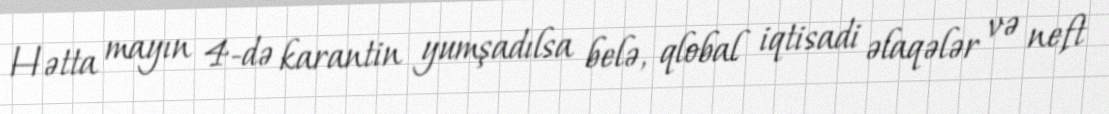
Hətta mayın 4-də karantin yumşadılsa belə, qlobal iqtisadi əlaqələr və neft